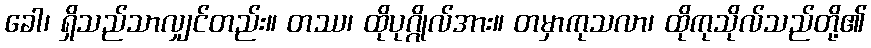
ခေါ၊ ရှိသည်သာလျှင်တည်း။ တဿ၊ ထိုပုဂ္ဂိုလ်အား။ တမှာကုသလာ၊ ထိုကုသိုလ်သည်တို့၏